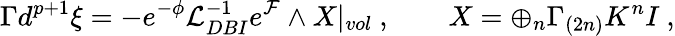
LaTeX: \Gamma d^{p+1}\xi=-e^{-\phi}{\cal L}_{DBI}^{-1}e^{\cal F}\wedge X|_{vol}~,\qquad X=\oplus_{n}\Gamma_{(2n)}K^{n}I~,